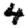
Digit: 4